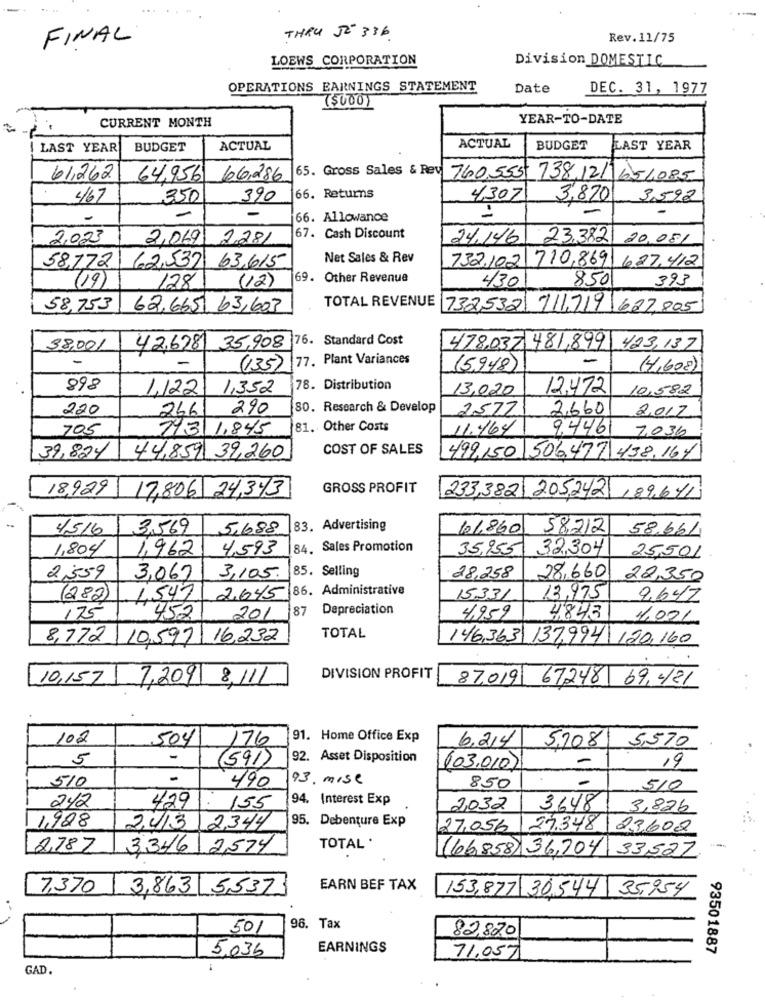
FINAL
THRU JE 336
Rev.11/75
LOEWS CORPORATION
Division DOMESTIC
OPERATIONS EARNINGS STATEMENT
Date
DEC. 31, 1977
($000)
CURRENT MONTH
YEAR-TO-DATE
.
LAST YEAR
BUDGET
ACTUAL
ACTUAL
BUDGET
LAST YEAR
65. Gross Sales & Rev
61,262
64,956
66.286
760.555 738,12/1654085
467
350
390
166. Returns
4307
3,870
3,592
66. Allowance
1-1
2023
2,069 2281
67. Cash Discount
24,146
23,382
20.081
Net Sales & Rev
732.102 710,869
627.412
58,172 62,53) 63,615
(19)
( 12)
69. Other Revenue
430
850
393
128
58,753 62,665 63,603
TOTAL REVENUE 732532 711,719 627,805
38,001
42,6781 35,908 76. Standard Cost
478,037.481,8991
423,137
-
77. Plant Variances
-
(135)
(5,948)
(4,608)
898
1.122
1,352
78. Distribution
13,020
12.472
10,582
220
2661
290
80. Research & Develop
2577
2,660
2017
705
743 1.845
81. Other Costs
11.464
9.4461
7.036
39,824
COST OF SALES
44,859 39,260
499.150.506.477 438.164
18,929
GROSS PROFIT
17,806 24,343
233,382 205242 , 89,611
1516
3,569
5,688
83. Advertising
101860
58212
58,661
1,804
1,962
4,593
84. Sales Promotion
35,955
32,304
25,501
85. Selling
2,359
3,069
3,105.
28,258
28,660
22,350
2.645 86. Administrative
(282)
4,547
15331
13,975
2,642
452
87
Depreciation
175
201
4,959
4843
4.001
8,772 10,597 16,232
TOTAL
146,363 137,994 120,160
10,157
DIVISION PROFIT
7,209
87,019 67,248 69,421
102
91. Home Office Exp
6,214
504
176
5,2081
5,570
5
-
(591)
92. Asset Disposition
-
(03.010)
19
510
93. mise
490
850
510
94. Interest Exp
242
429
155
2032
3648
3,826
95. Debenture Exp
1,988
2413
2,344
27,056
27.348 23,602
278Z
3,346 2574
TOTAL '
(66,858) 36,704 33,527
7,370
3,863 5,537
EARN BEF TAX
153,877 30,544 35,954
501
96. Tax
82,820
EARNINGS
93501887
5,036
71.057
GAD.